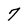
Character: 7